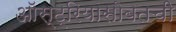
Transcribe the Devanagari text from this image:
ऑस्ट्रियासोबतची